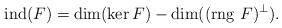
LaTeX: \begin{align*}\mbox{ind} (F)=\dim(\ker F)-\dim((\mbox{rng}~F)^\perp).\end{align*}